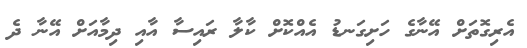
އެރިގޮތަށް އޭނާގެ ހަށިގަނޑު އެއްކޮށް ކާލާ ރައިސާ އާއި ދިމާއަށް އޭނާ ދެ